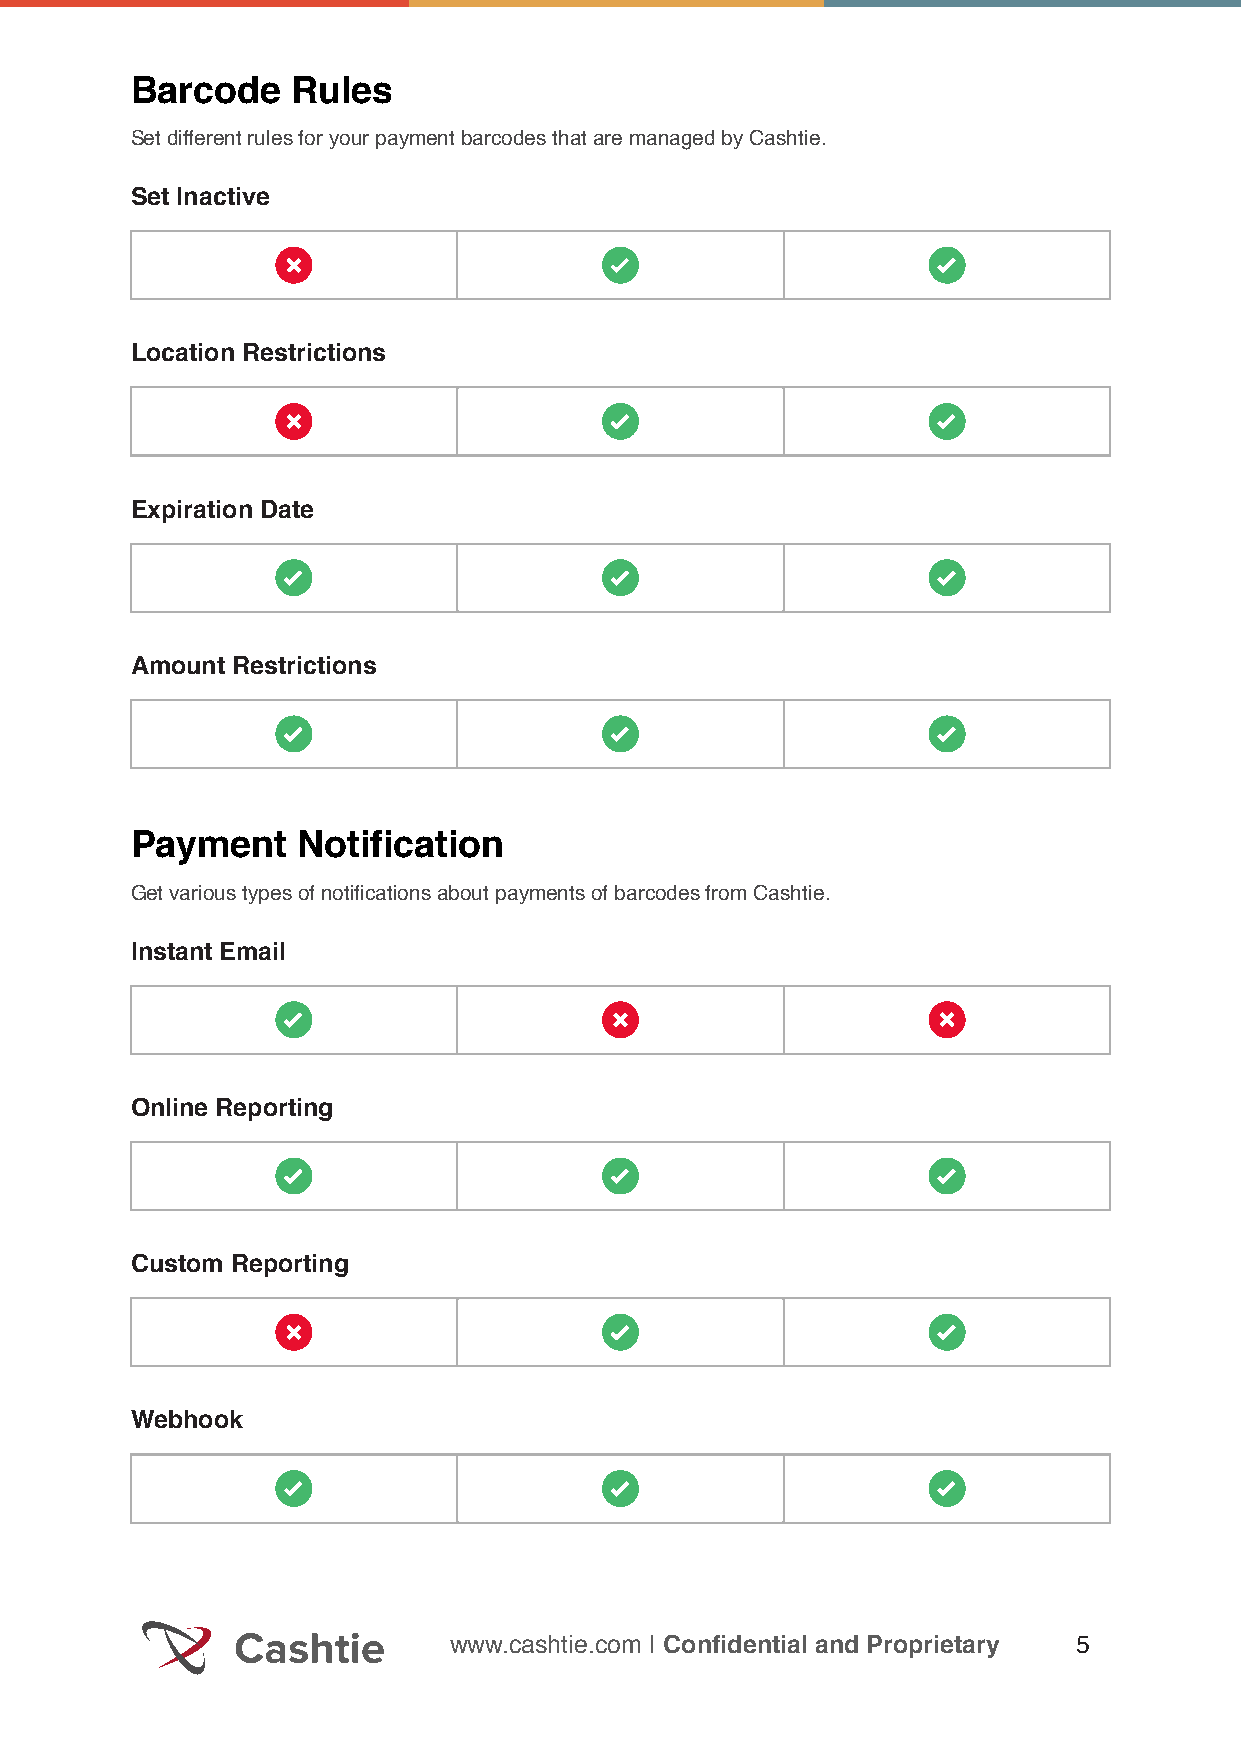
Barcode   Rules
 Set different rules for your payment barcodes that are managed by Cashtie.
 Set Inactive
 Location Restrictions
 Expiration Date
 Amount Restrictions
 Payment    Notification
 Get various types of notifications about payments of barcodes from Cashtie.
 Instant Email
 Online Reporting
 Custom Reporting
 Webhook
 www.cashtie.com | Confidential and Proprietary 5